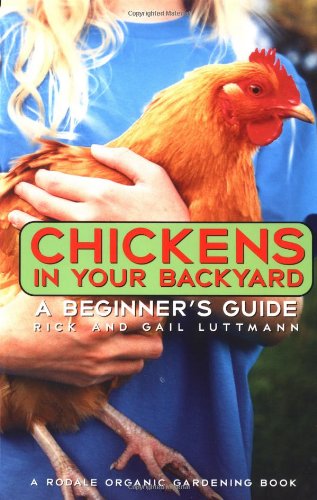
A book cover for Chickens In Your Backyard: A Beginner's Guide; Rick Luttmann; Crafts, Hobbies & Home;